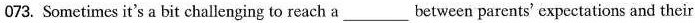
O73. Sometimes it's a bit challenging to reach a___between parents' expectations and their